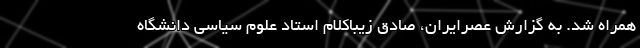
همراه شد. به گزارش عصرایران، صادق زیباکلام استاد علوم سیاسی دانشگاه